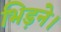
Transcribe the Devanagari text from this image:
भिड़ने।